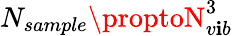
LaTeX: N_{sample}\proptoN_{v\mathbf{i}b}^{3}